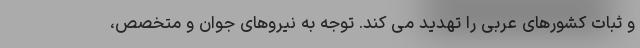
و ثبات کشورهای عربی را تهدید می کند. توجه به نیروهای جوان و متخصص،